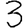
Digit: 3